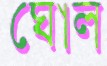
ঘোল